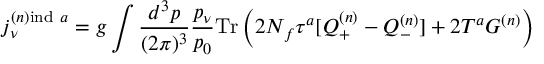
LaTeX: j _ { \nu } ^ { ( n ) \mathrm { i n d } \ a } = g \int { \frac { d ^ { 3 } p } { ( 2 \pi ) ^ { 3 } } } { \frac { p _ { \nu } } { p _ { 0 } } } \mathrm { T r } \left( 2 N _ { f } \tau ^ { a } [ Q _ { + } ^ { ( n ) } - Q _ { - } ^ { ( n ) } ] + 2 T ^ { a } G ^ { ( n ) } \right)